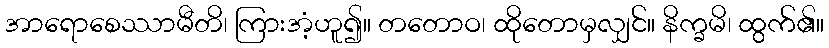
အာရောစေဿာမီတိ၊ ကြားအံ့ဟူ၍။ တတောဝ၊ ထိုတောမှလျှင်။ နိက္ခမိ၊ ထွက်၏။